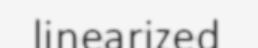
linearized